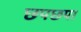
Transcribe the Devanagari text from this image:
छपछपा